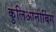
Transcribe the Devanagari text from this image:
कुलिआनोबिंग